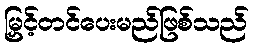
မြှင့်တင်ပေးမည်ဖြစ်သည်